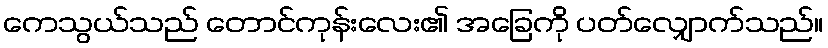
ကေသွယ်သည် တောင်ကုန်းလေး၏ အခြေကို ပတ်လျှောက်သည်။